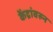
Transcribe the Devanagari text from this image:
केंद्रांवरुन